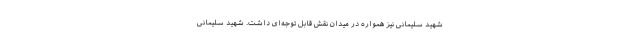
شهید سلیمانی نیز همواره در میدان نقش قابل توجه‌ای داشت. شهید سلیمانی